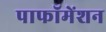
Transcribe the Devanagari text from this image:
पाफॉमेंशन